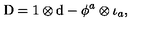
\mathrm { D } = 1 \otimes \mathrm { d } - \phi ^ { a } \otimes \iota _ { a } ,